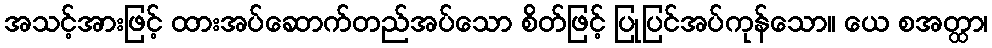
အသင့်အားဖြင့် ထားအပ်ဆောက်တည်အပ်သော စိတ်ဖြင့် ပြုပြင်အပ်ကုန်သော။ ယေ စအတ္ထာ၊